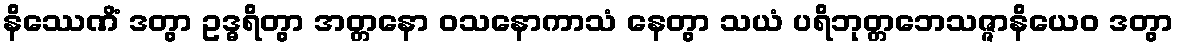
နိဿေဏိံ ဒတွာ ဥဒ္ဓရိတွာ အတ္တနော ဝသနောကာသံ နေတွာ သယံ ပရိဘုတ္တဘေသဇ္ဇာနိယေဝ ဒတွာ